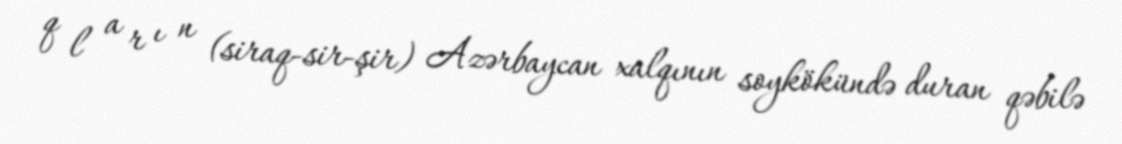
q l a r ı n (siraq-sir-şir) Azərbaycan xalqının soykökündə duran qəbilə